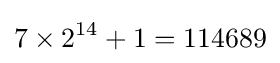
7\times 2^{14}+1=114689